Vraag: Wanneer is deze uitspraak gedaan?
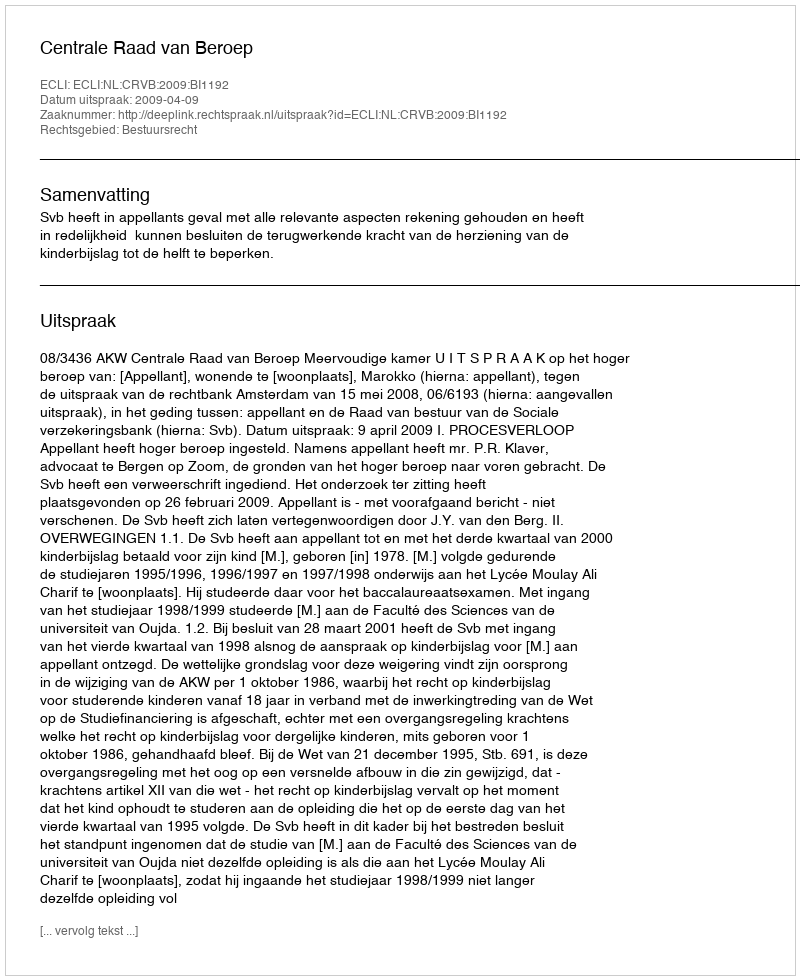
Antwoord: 2009-04-09